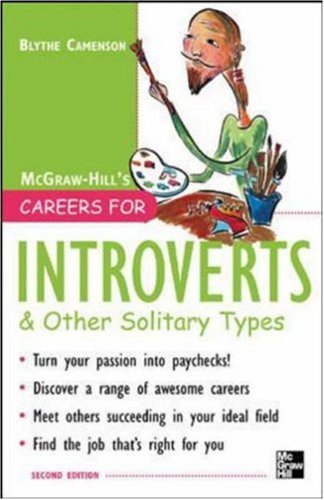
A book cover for Careers for Introverts & Other Solitary Types, Second ed. (Careers For Series); Blythe Camenson; Business & Money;